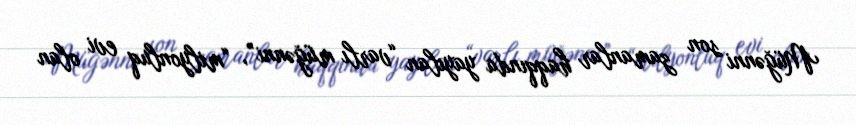
Müğənni son zamanlar haqqında yayılan “varlı müğənni”, “milyonluq evi olan